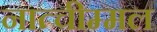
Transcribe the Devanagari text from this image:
नात्चीम्मल